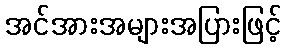
အင်အားအများအပြားဖြင့်